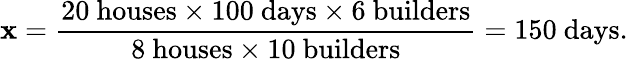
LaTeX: \mathbf{x}={\frac{{20\ {\mathrm{{houses}}}\times100\ {\mathrm{{days}}}\times6\ {\mathrm{{builders}}}}}{{8\ {\mathrm{{houses}}}\times10\ {\mathrm{{builders}}}}}}=150\ {\mathrm{{days}}}.